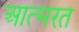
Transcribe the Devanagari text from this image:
आत्मरत